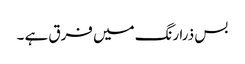
بس ذرا رنگ میں فرق ہے ۔